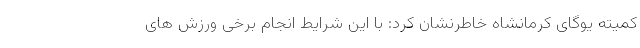
کمیته یوگای کرمانشاه خاطرنشان کرد: با این شرایط انجام برخی ورزش های